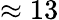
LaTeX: \approx 13